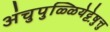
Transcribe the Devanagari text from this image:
अंचुपुळ्ळियेट्टेषु़त्तु